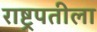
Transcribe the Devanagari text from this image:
राष्ट्रपतीला